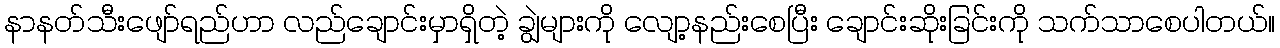
နာနတ်သီးဖျော်ရည်ဟာ လည်ချောင်းမှာရှိတဲ့ ချွဲများကို လျော့နည်းစေပြီး ချောင်းဆိုးခြင်းကို သက်သာစေပါတယ်။